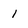
Character: 1